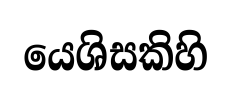
යෙශිසකිහි